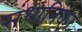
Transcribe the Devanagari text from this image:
संधानिका